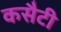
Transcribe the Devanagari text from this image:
कसैटी